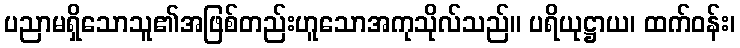
ပညာမရှိသောသူ၏အဖြစ်တည်းဟူသောအကုသိုလ်သည်။ ပရိယုဋ္ဌာယ၊ ထက်ဝန်း၊